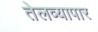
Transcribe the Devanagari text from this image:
तेलव्यापार